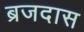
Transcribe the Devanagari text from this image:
ब्रजदास